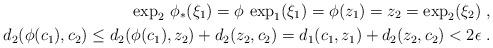
LaTeX: \begin{align*} \exp_2\,\phi_*(\xi_1)=\phi\,\exp_1(\xi_1)=\phi(z_1)=z_2=\exp_2(\xi_2)\;, \\ d_2(\phi(c_1),c_2)\le d_2(\phi(c_1),z_2)+d_2(z_2,c_2)=d_1(c_1,z_1)+d_2(z_2,c_2)<2\epsilon\;. \end{align*}